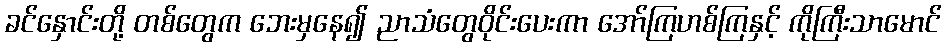
ခင်နှောင်းတို့ တစ်တွေက ဘေးမှနေ၍ ညာသံတွေဝိုင်းပေးကာ အော်ကြဟစ်ကြနှင့် ကိုကြီးသာမောင်